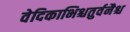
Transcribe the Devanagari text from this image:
वेदिकाभिश्चतुर्वनैश्च